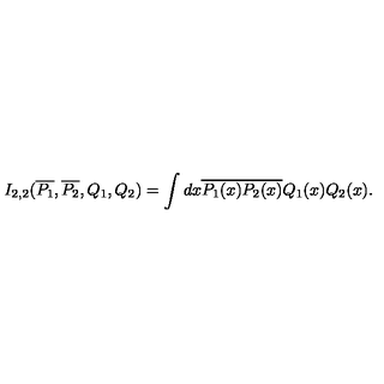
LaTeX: I _ { 2 , 2 } ( \overline { { P _ { 1 } } } , \overline { { P _ { 2 } } } , Q _ { 1 } , Q _ { 2 } ) = \int d x \overline { { P _ { 1 } ( x ) } } \overline { { P _ { 2 } ( x ) } } Q _ { 1 } ( x ) Q _ { 2 } ( x ) .